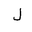
Letter: _lam